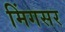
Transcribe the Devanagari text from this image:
मिंगसर